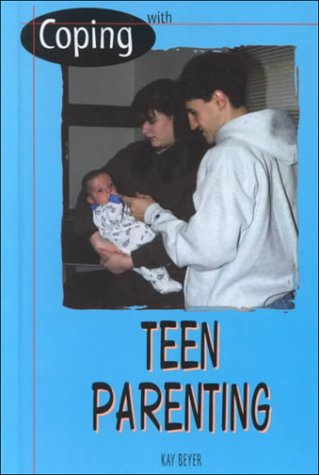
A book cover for Coping with Teen Parenting; Kay Beyer; Teen & Young Adult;